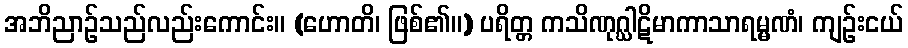
အဘိညာဉ်သည်လည်းကောင်း။ (ဟောတိ၊ ဖြစ်၏။) ပရိတ္တ ကသိဏုဂ္ဃါဋိမာကာသာရမ္မဏံ၊ ကျဉ်းငယ်